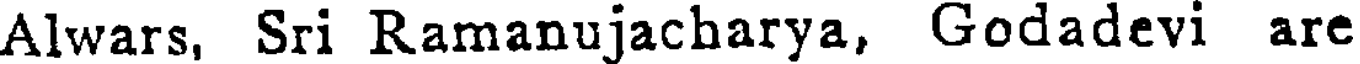
Alwars, Sri Ramanujacharya, Godadevi are